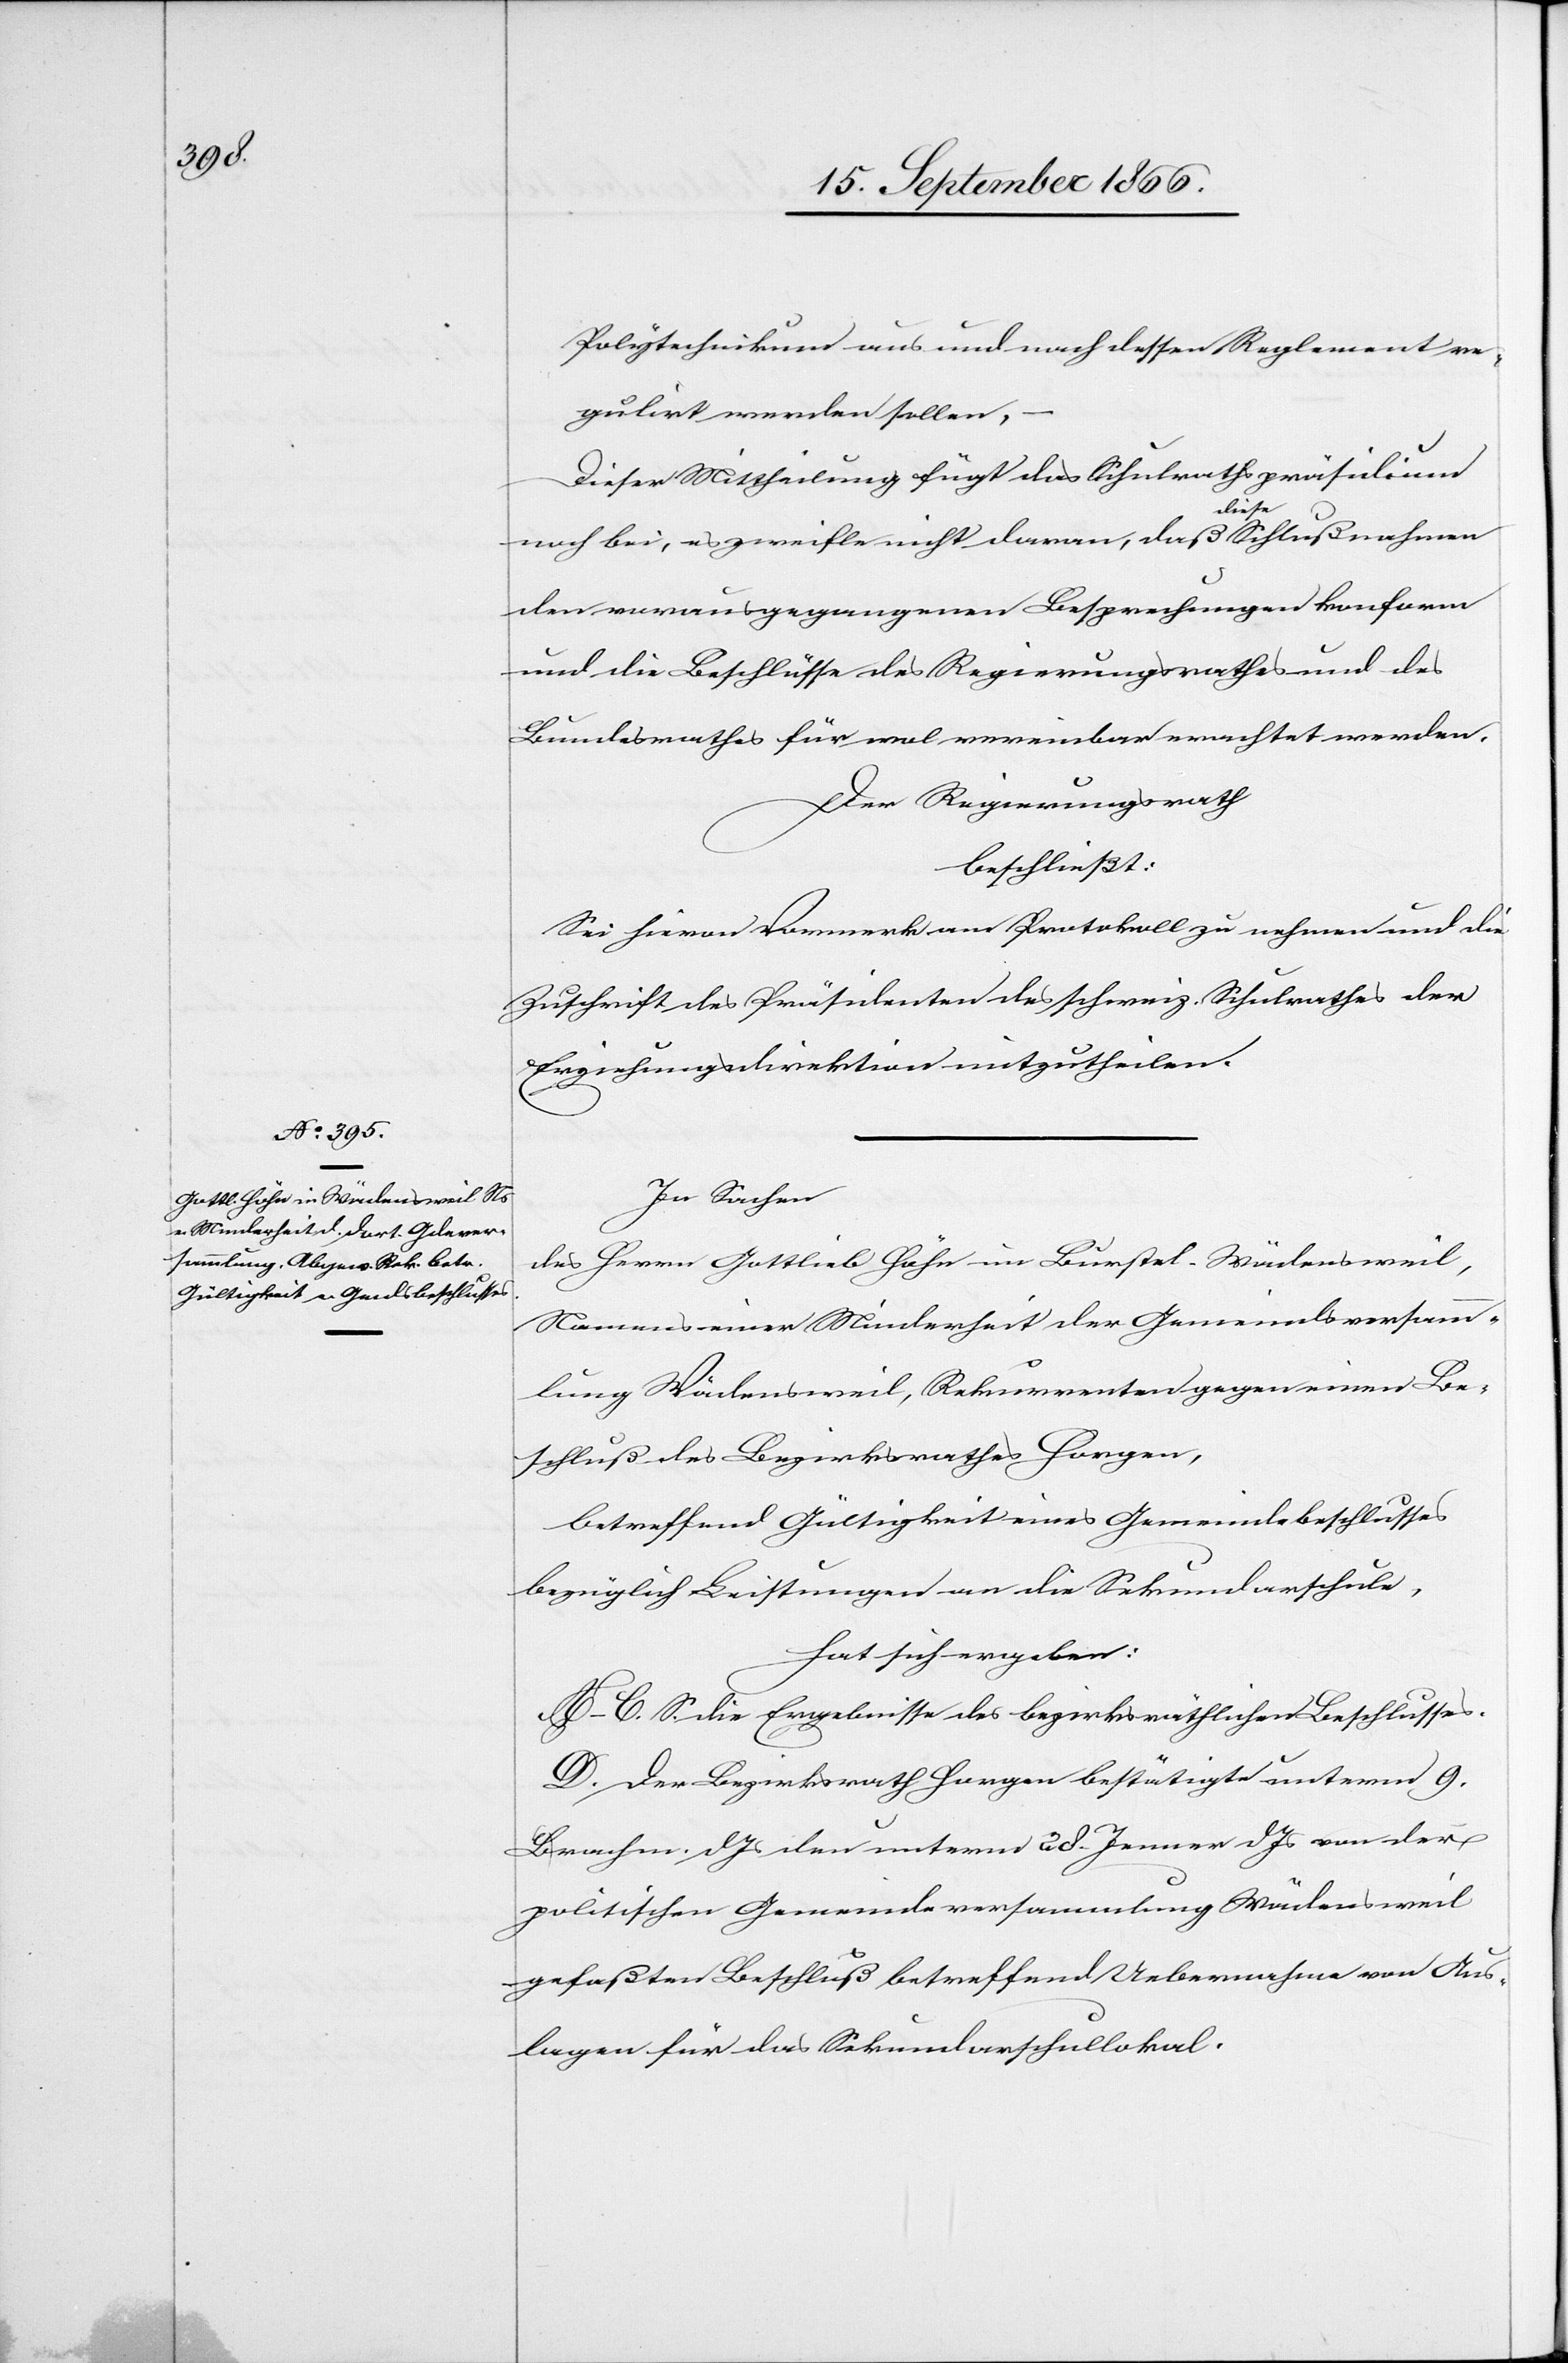
Polytechnikum aus und nach dessen Reglement re¬
gulirt werden sollen,
–
Dieser Mittheilung fügt das Schulrathspräsidium
noch bei, es zweifle nicht daran, daß diese Schlußnahme
den vorausgegangenen Besprechungen konform
und die Beschlüsse des Regierungsrathes und des
Bundesrathes für wol vereinbar erachtet werden.
Der Regierungsrath,
beschließt:
Sei hievon Vormerk am Protokoll zu nehmen und die
Zuschrift des Präsidenten des schweiz. Schulrathes der
Erziehungsdirektion mitzutheilen.
In Sachen
des Herrn Gottlieb Höhn im Burstel-Wädensweil,
Namens einer Minderheit der Gemeindsversamm¬
lung Wädensweil, Rekurrenten gegen einen Be¬
schluß des Bezirksrathes Horgen,
betreffend Gültigkeit eines Gemeindebeschlusses
bezüglich Leistungen an die Sekundarschule,
hat sich ergeben:
A–C. S. die Ergebnisse des bezirksräthlichen Beschlusses.
D. Der Bezirksrath Horgen bestätigt unterm 9.
Brachm. dJs. den unterm 28. Jenner dJs von der
politischen Gemeindeversammlung Wädensweil
gefaßten Beschluß betreffend Uebernahme von Aus¬
lagen für das Sekundarschullokal.